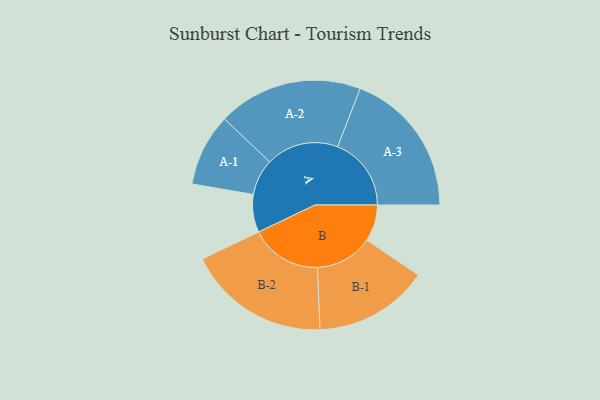
{"axis": {"x": "Segment", "y": "Value"}, "legend": ["", "A", "B"], "data": [{"x": "A", "y": 118, "type": ""}, {"x": "B", "y": 114, "type": ""}, {"x": "A-1", "y": 113, "type": "A"}, {"x": "A-2", "y": 226, "type": "A"}, {"x": "A-3", "y": 230, "type": "A"}, {"x": "B-1", "y": 179, "type": "B"}, {"x": "B-2", "y": 223, "type": "B"}]}